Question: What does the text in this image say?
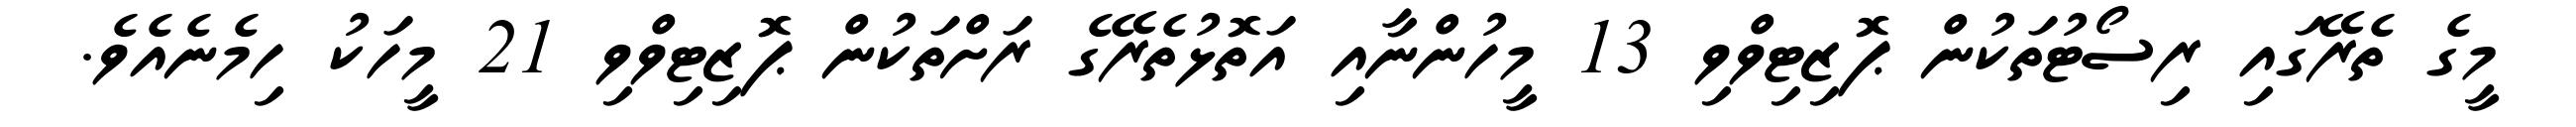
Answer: މީގެ ތެރޭގައި ރިސޯޓުތަކުން ޕޮޒިޓިވްވި 13 މީހުންނާއި އަތޮޅުތެރޭގެ ރަށްތަކުން ޕޮޒިޓިވްވި 21 މީހަކު ހިމެނެއެވެ.